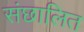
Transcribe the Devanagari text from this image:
संछालित